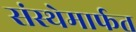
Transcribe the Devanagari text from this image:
संस्‍थेमार्फत